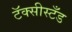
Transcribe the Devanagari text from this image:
टॅक्सीस्टँड